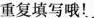
重复填写哦！